Report on vaccination in Madras 1877-1894 - 1877-1894
Year: 1877
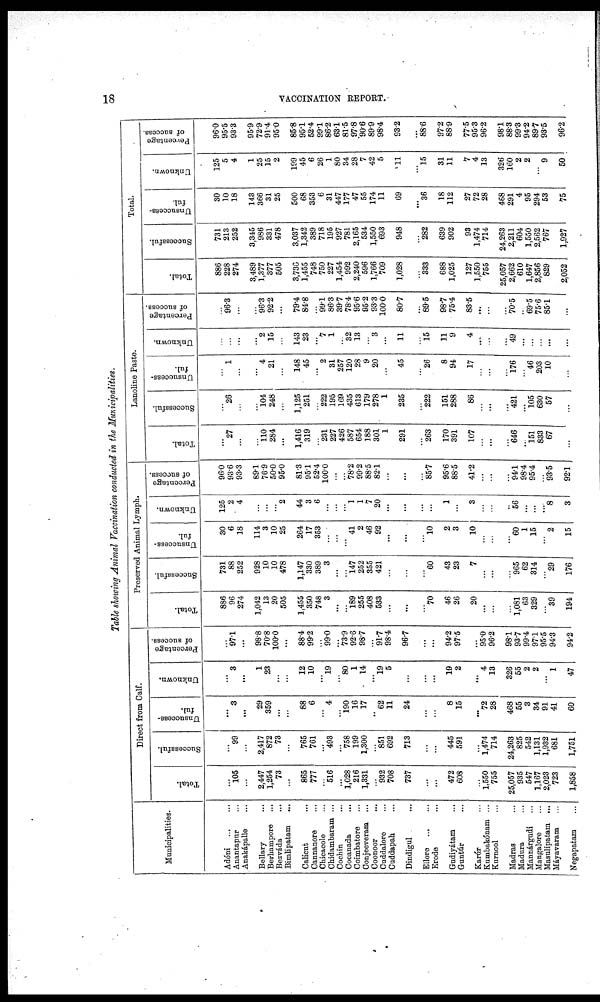
18
VACCINATION REPORT.
Table showing Animal Vaccination conducted in the Municipalities.
Municipalities.
Adóni
... ...
Anantapur ...
Anakápalle ...
Bellary ...
Berhampore ...
Bezváda ...
Bimlipatam ...
Calicut ...
Cannanore ...
Chicacole ...
Chidambaram ...
Cochin ...
Cocanoda ...
Coimbatore ...
Conjeeveram ...
Coonoor ...
Cuddalore ...
Cuddapah ...
Dindigul ...
Ellore
...
...
Erode ...
Gudiyátam ...
Guntúr ...
Karúr ...
Kumbakónam ...
Kurnool ...
Madras ...
Madura ...
Mannárgudi ...
Mangalore ...
Masulipatam ...
Máyavaram ...
Negapatam ...
Direct from Calf.
Total.
...
106
...
2,447
1,254
73
...
865
777
...
516
...
1,028
216
1,331
...
932
708
737
...
...
472
608
...
1,550
755
25,057
935
547
1,167
2,023
723
1,858
Successful.
...
99
...
2,417
872
73
...
765
761
...
493
...
758
199
1,300
...
851
692
713
...
...
445
591
...
1,474
714
24,263
825
542
1,131
1,932
681
1,751
Unsuccess-
ful.
...
3
...
29
359
...
...
88
6
...
4
...
190
16
17
...
62
11
24
...
...
8
15
...
72
28
468
55
3
34
91
41
60
Unknown.
...
3
...
1
23
...
...
12
10
...
19
...
80
1
14
...
19
5
...
...
...
19
2
...
4
13
326
55
2
2
...
1
47
Percentage
of success.
...
97.1
...
98.8
70.8
100.0
...
88.4
99.2
...
99.0
...
73.9
92.6
98.7
...
91.7
98.4
96.7
...
...
94.2
97.5
...
95.0
96.2
98.1
93.7
99.4
97.1
95.5
94.3
94.2
Preserved Animal Lymph.
Total.
886
96
274
1,042
13
20
505
1,455
350
748
3
...
...
189
255
408
533
...
...
...
70
46
26
20
...
...
...
1,081
63
329
...
39
194
Successful.
731
88
252
928
10
10
478
1,147
330
389
3
...
...
147
252
355
421
...
...
...
60
43
23
7
...
...
...
965
62
314
...
29
176
Unsuccess-
ful.
30
6
18
114
3
10
25
264
17
353
...
...
...
41
2
46
92
...
...
...
10
2
3
10
...
...
...
60
1
15
...
2
15
Unknown.
125
2
4
...
...
...
2
44
3
6
...
...
...
1
1
7
20
...
...
...
...
1
...
3
...
...
...
56
...
...
...
8
3
Percentage
of success.
96.0
93.6
93.3
89.1
76.9
50.0
95.0
81.3
95.1
52.4
100.0
...
...
78.2
99.2
88.5
82.1
...
...
...
85.7
95.6
88.5
41.2
...
...
...
94.1
98.4
95.4
...
93.5
92.1
Lanoline Paste.
Total.
...
27
...
...
110
284
...
1,416
319
...
231
227
426
587
654
188
301
1
291
...
263
170
391
107
...
...
...
646
...
151
833
67
...
Successful.
...
26
...
...
104
248
...
1,125
251
...
222
195
169
435
613
179
278
1
235
...
222
151
288
86
...
...
...
421
...
105
630
57
...
Unsuccess-
ful.
...
1
...
...
4
21
...
148
45
...
2
31
257
120
28
9
20
...
45
...
26
8
94
17
...
...
...
176
...
46
203
10
...
Unknown.
...
...
...
...
2
15
...
143
23
...
7
1
...
32
13
...
3
...
11
...
15
11
9
4
...
...
...
49
...
...
...
...
...
Percentage
of success.
...
96.3
...
...
96.3
92.2
...
79.4
84.8
...
99.1
86.3
39.7
78.4
95.6
95.2
93.3
100.0
80.7
...
89.5
98.7
75.4
83.5
...
...
...
70.5
...
69.5
75.6
85.1
...
Total.
Total.
886
228
274
3,489
1,377
377
505
3,736
1,455
748
750
227
1,454
992
2,240
596
1,766
709
1,028
...
333
688
1,025
127
1,550
755
25,057
2,662
610
1,647
2,856
829
2,052
Successful.
731
213
252
3,345
986
331
478
3,037
1,342
389
718
195
927
781
2,165
534
1,550
693
948
...
282
639
902
93
1,474
714
24,263
2,211
604
1,550
2,562
767
1,927
Unsuccess-
ful.
30
10
18
143
366
31
25
500
68
353
6
31
447
177
47
55
174
11
69
...
36
18
112
27
72
28
468
291
4
95
294
53
75
Unknown.
125
5
4
1
25
15
2
199
45
6
26
1
80
34
28
7
42
5
11
...
15
31
11
7
4
13
326
160
2
2
...
9
50
Percentage
of success.
96.0
95.5
93.3
95.9
72.9
91.4
95.0
85.8
95.1
52.4
99.1
86.2
63.1
81.5
97.8
90.6
89.9
98.4
93.2
...
88.6
97.2
88.9
77.5
95.3
96.2
98.1
88.3
99.3
94.2
89.7
93.5
96.2